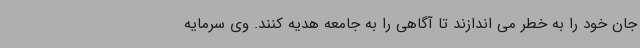
جان خود را به خطر می اندازند تا آگاهی را به جامعه هدیه کنند. وی سرمایه